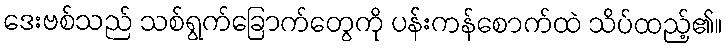
ဒေးဗစ်သည် သစ်ရွက်ခြောက်တွေကို ပန်းကန်စောက်ထဲ သိပ်ထည့်၏။